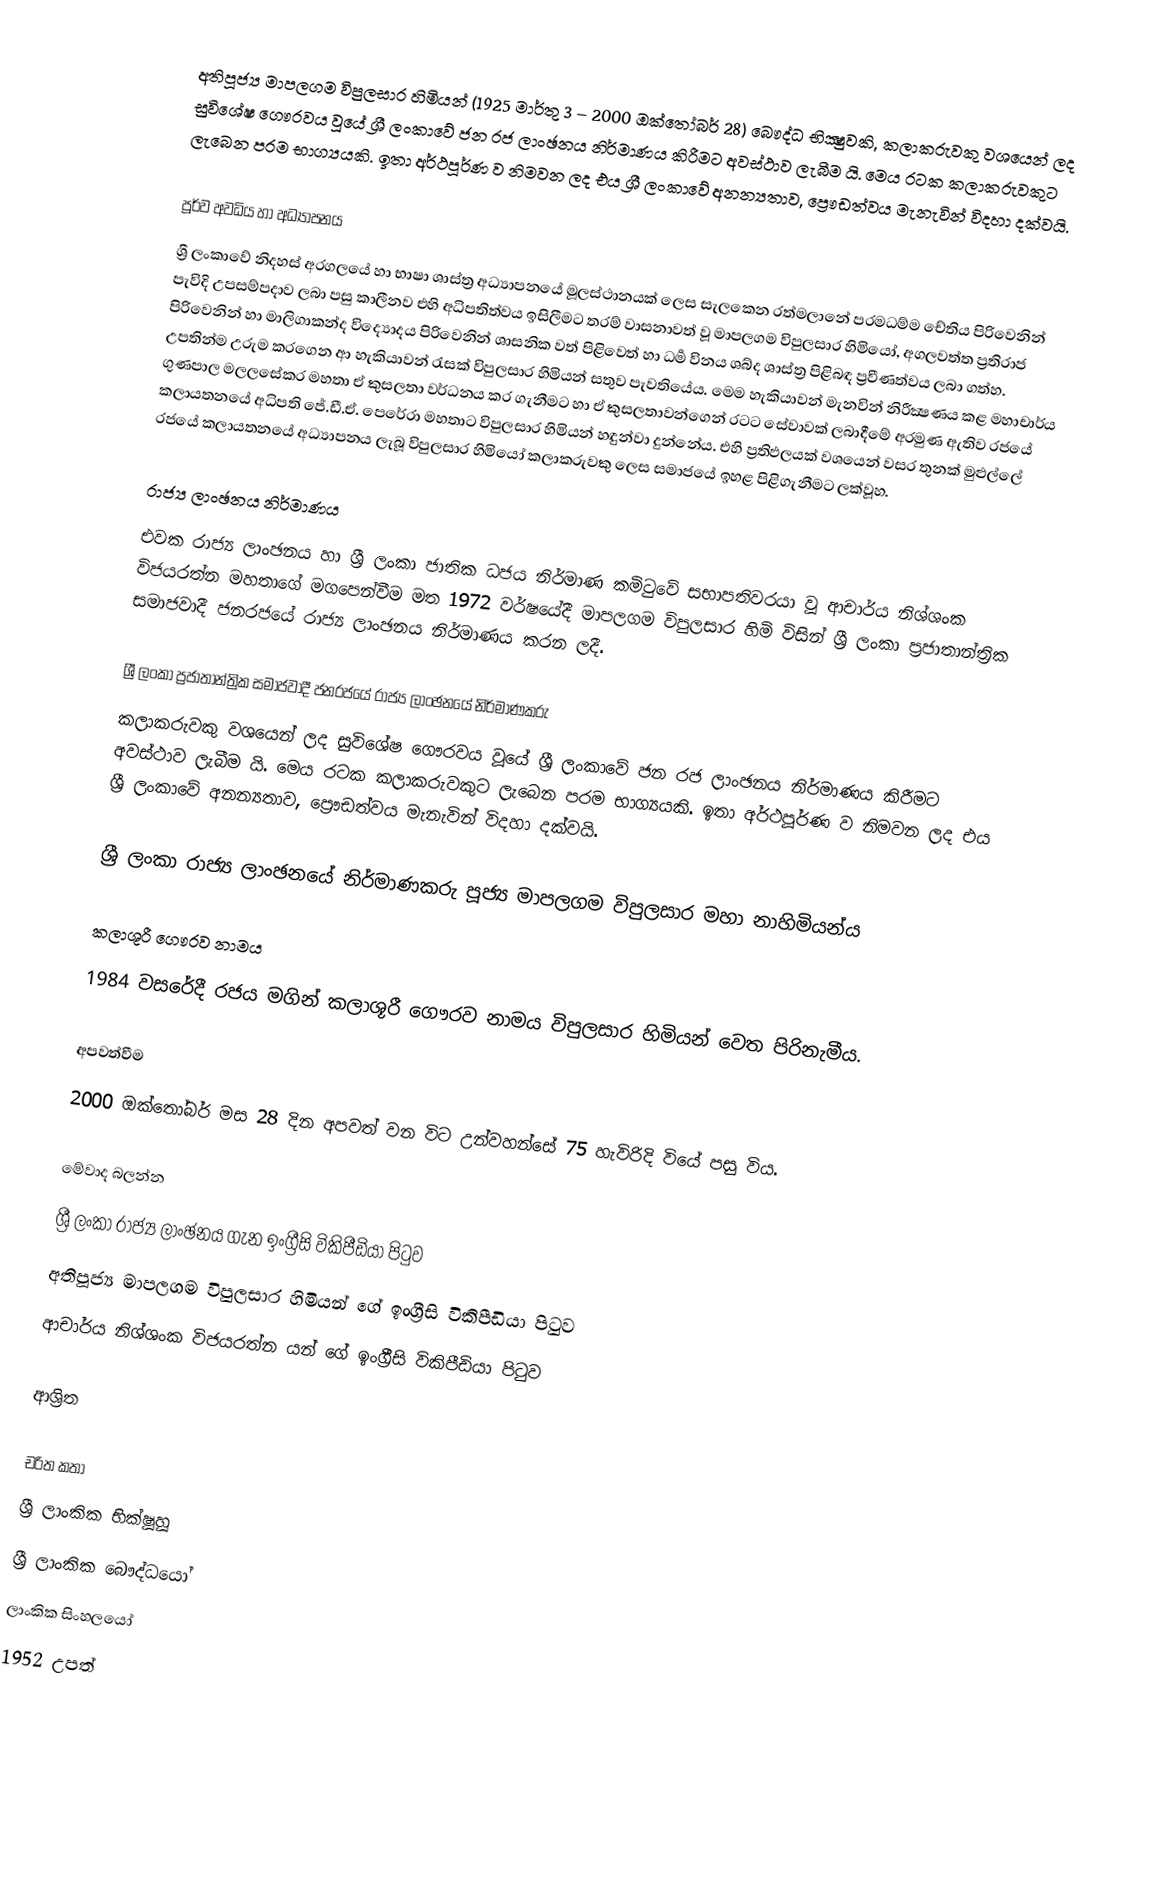
අතිපූජ්‍ය මාපලගම විපුලසාර හිමියන් (1925 මාර්තු 3 – 2000 ඔක්තෝබර් 28) බෞද්ධ භික්‍ෂුවකි, කලාකරුවකු වශයෙන් ලද සුවිශේෂ ගෞරවය වූයේ ශ්‍රී ලංකාවේ ජන රජ ලාංඡනය නිර්මාණය කිරීමට අවස්ථාව ලැබීම යි. මෙය රටක කලාකරුවකුට ලැබෙන පරම භාග්‍යයකි. ඉතා අර්ථපූර්ණ ව නිමවන ලද එය ශ්‍රී ලංකාවේ අනන්‍යතාව, ප්‍රෞඩත්වය මැනැවින් විදහා දක්වයි.

පූර්ව අවධිය හා අධ්‍යාපනය
ශ්‍රී ලංකාවේ නිදහස් අරගලයේ හා භාෂා ශාස්ත්‍ර අධ්‍යාපනයේ මූලස්ථානයක් ලෙස සැලකෙන රත්මලානේ පරමධම්ම චේතිය පිරිවෙනින් පැවිදි උපසම්පදාව ලබා පසු කාලීනව එහි අධිපතිත්වය ඉසිලීමට තරම් වාසනාවත් වූ මාපලගම විපුලසාර හිමියෝ, අගලවත්ත ප්‍රතිරාජ පිරිවෙනින් හා මාලිගාකන්ද විද්‍යොදය පිරිවෙනින් ශාසනික වත් පිළිවෙත් හා ධර්‍ම විනය ශබ්ද ශාස්ත්‍ර පිළිබඳ ප්‍රවීණත්වය ලබා ගත්හ. උපතින්ම උරුම කරගෙන ආ හැකියාවන් රැසක් විපුලසාර හිමියන් සතුව පැවතියේය. මෙම හැකියාවන් මැනවින් නිරීක්‍ෂණය කළ මහාචාර්ය ගුණපාල මලලසේකර මහතා ඒ කුසලතා වර්ධනය කර ගැනීමට හා ඒ කුසලතාවන්ගෙන් රටට සේවාවක් ලබාදීමේ අරමුණ ඇතිව රජයේ කලායතනයේ අධිපති ජේ.ඩී.ඒ. පෙරේරා මහතාට විපුලසාර හිමියන් හඳුන්වා දුන්නේය. එහි ප්‍රතිඵලයක් වශයෙන් වසර තුනක් මුළුල්ලේ රජයේ කලායතනයේ අධ්‍යාපනය ලැබූ විපුලසාර හිමියෝ කලාකරුවකු ලෙස සමාජයේ ඉහළ පිළිගැනීමට ලක්වූහ.

රාජ්‍ය ලාංඡනය නිර්මාණය
එවක රාජ්‍ය ලාංඡනය හා ශ්‍රී ලංකා ජාතික ධජය නිර්මාණ කමිටුවේ සභාපතිවරයා වූ ආචාර්ය නිශ්ශංක විජයරත්න මහතාගේ මගපෙන්වීම මත 1972 වර්ෂයේදී මාපලගම විපුලසාර හිමි විසින් ශ්‍රී ලංකා ප්‍රජාතාන්ත්‍රික සමාජවාදී ජනරජයේ රාජ්‍ය ලාංඡනය නිර්මාණය කරන ලදී.

ශ්‍රී ලංකා ප්‍රජාතාන්ත්‍රික සමාජවාදී ජනරජයේ රාජ්‍ය ලාංඡනයේ නිර්මාණකරු
කලාකරුවකු වශයෙන් ලද සුවිශේෂ ගෞරවය වූයේ ශ්‍රී ලංකාවේ ජන රජ ලාංඡනය නිර්මාණය කිරීමට අවස්ථාව ලැබීම යි. මෙය රටක කලාකරුවකුට ලැබෙන පරම භාග්‍යයකි. ඉතා අර්ථපූර්ණ ව නිමවන ලද එය ශ්‍රී ලංකාවේ අනන්‍යතාව, ප්‍රෞඩත්වය මැනැවින් විදහා දක්වයි.

ශ්‍රී  ලංකා රාජ්‍ය ලාංඡනයේ නිර්මාණකරු පූජ්‍ය මාපලගම විපුලසාර මහා නාහිමියන්ය

කලාශූරී ගෞරව නාමය
1984 වසරේදී රජය මගින් කලාශූරී ගෞරව නාමය විපුලසාර හිමියන් වෙත පිරිනැමීය.

අපවත්වීම
2000 ඔක්තෝබර් මස 28 දින අපවත් වන විට උන්වහන්සේ 75 හැවිරිදි වියේ පසු විය.

මේවාද බලන්න
  ශ්‍රී ලංකා රාජ්‍ය ලාංඡනය ගැන ඉංග්‍රීසි විකිපීඩියා පිටුව
  අතිපූජ්‍ය මාපලගම විපුලසාර  හිමියන් ගේ ඉංග්‍රීසි විකිපීඩියා පිටුව
  ආචාර්ය නිශ්ශංක විජයරත්න යන් ගේ ඉංග්‍රීසි විකිපීඩියා පිටුව

ආශ්‍රිත

චරිත කතා
ශ්‍රී ලාංකික භික්ෂූහූ
ශ්‍රී ලාංකික බෞද්ධයෝ
ලාංකික සිංහලයෝ
1952 උපත්